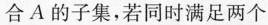
合A的子集，若同时满足两个